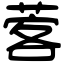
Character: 𦴦